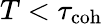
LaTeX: T<\tau_{\mathrm{coh}}